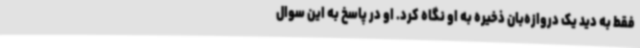
فقط به دید یک دروازه‌بان ذخیره به او نگاه کرد. او در پاسخ به این سوال